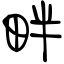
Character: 畔